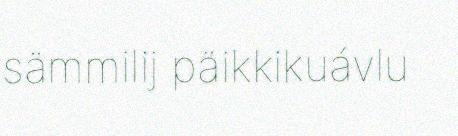
sämmilij päikkikuávlu